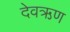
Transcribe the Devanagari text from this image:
देवऋण